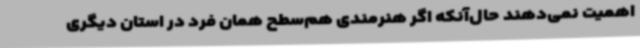
اهمیت نمی‌دهند حال‌آنکه اگر هنرمندی هم‌سطح همان فرد در استان دیگری